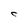
Character: C